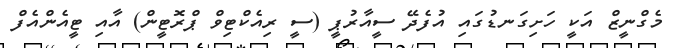
މެގްނީޒް އަކީ ހަށިގަނޑުގައި އުފެދޭ ސީއާރުޕީ (ސީ ރިއެކްޓިވް ޕްރޮޓީން) އާއި ޓީއެންއެފް